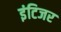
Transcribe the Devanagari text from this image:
इंटिजर